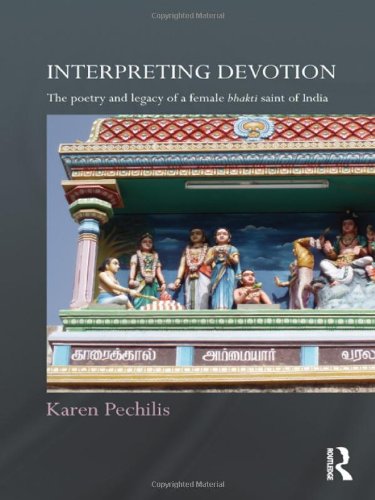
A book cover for Interpreting Devotion: The Poetry and Legacy of a Female Bhakti Saint of India (Routledge Hindu Studies Series); Karen Pechilis; Religion & Spirituality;